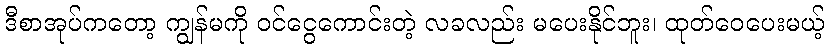
ဒီစာအုပ်ကတော့ ကျွန်မကို ဝင်ငွေကောင်းတဲ့ လခလည်း မပေးနိုင်ဘူး၊ ထုတ်ဝေပေးမယ့်